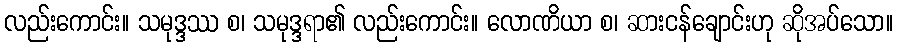
လည်းကောင်း။ သမုဒ္ဒဿ စ၊ သမုဒ္ဒရာ၏ လည်းကောင်း။ လောဏိယာ စ၊ ဆားငန်ချောင်းဟု ဆိုအပ်သော။